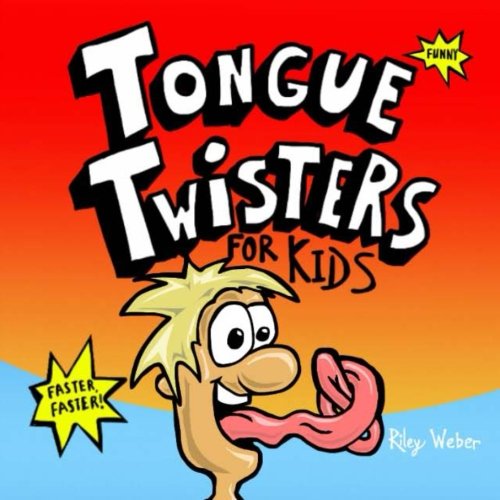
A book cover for Tongue Twisters for Kids; Riley Weber; Humor & Entertainment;